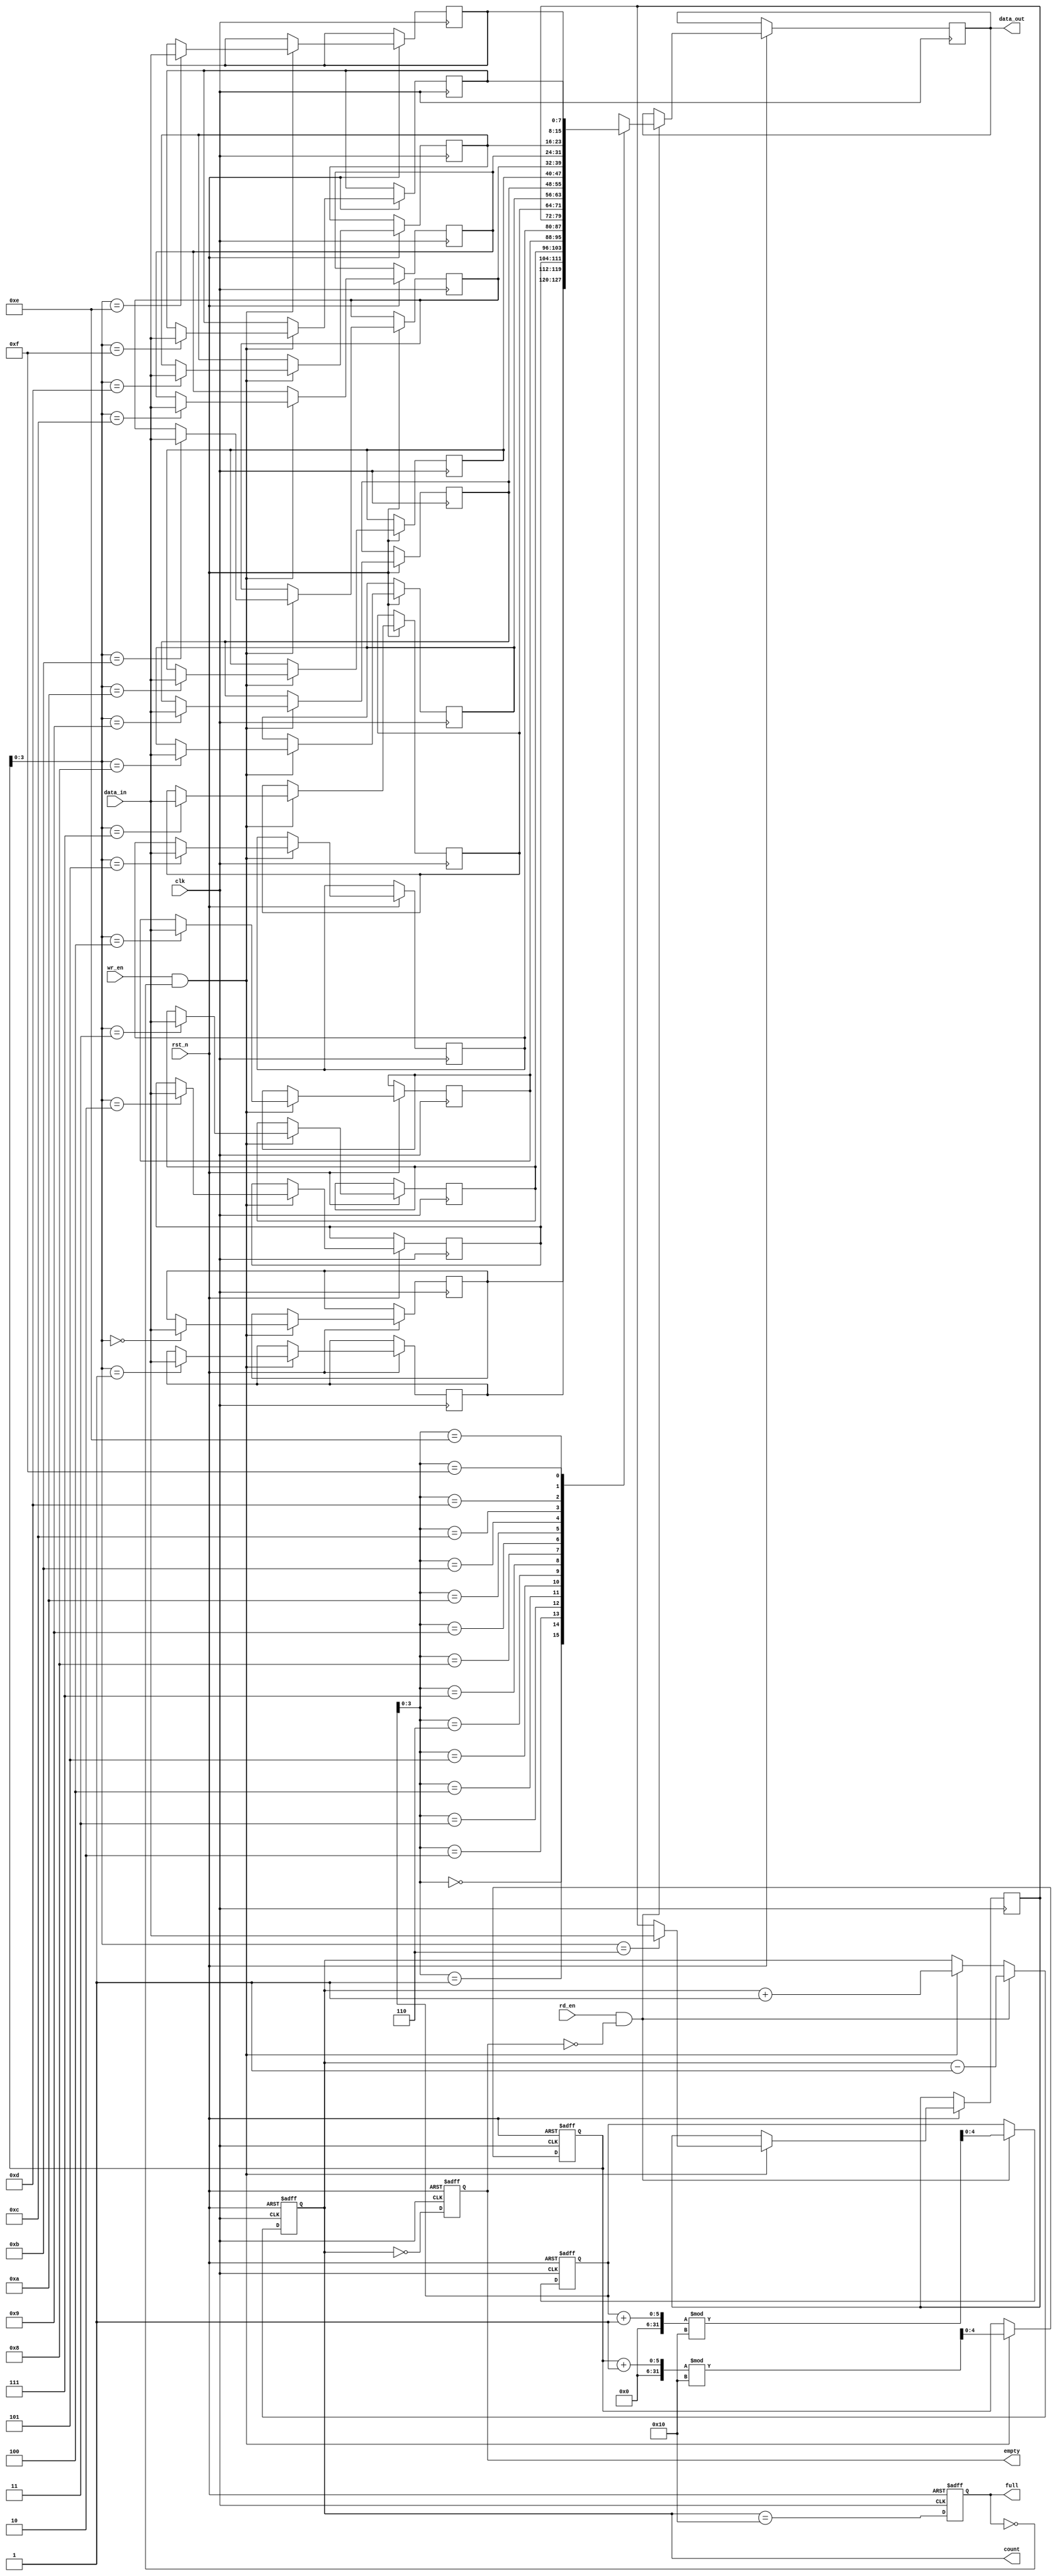
module parameterized_fifo #(
    parameter DATA_WIDTH = 8,   // Width of each data entry
    parameter FIFO_DEPTH = 16    // Depth of the FIFO
)(
    input wire clk,              // Clock signal
    input wire rst_n,            // Asynchronous reset (active low)
    input wire wr_en,            // Write enable
    input wire rd_en,            // Read enable
    input wire [DATA_WIDTH-1:0] data_in, // Data input
    output reg [DATA_WIDTH-1:0] data_out, // Data output
    output reg full,             // Full flag
    output reg empty,            // Empty flag
    output reg [4:0] count       // Current count of entries
);

    // Memory array to hold FIFO data
    reg [DATA_WIDTH-1:0] fifo_mem [0:FIFO_DEPTH-1];
    
    // Write and read pointers
    reg [4:0] wr_ptr;            // Write pointer
    reg [4:0] rd_ptr;            // Read pointer

    // Initialize the FIFO
    always @(posedge clk or negedge rst_n) begin
        if (!rst_n) begin
            wr_ptr <= 0;
            rd_ptr <= 0;
            count <= 0;
            full <= 0;
            empty <= 1;
        end else begin
            // Write operation
            if (wr_en && !full) begin
                fifo_mem[wr_ptr] <= data_in; // Store data
                wr_ptr <= (wr_ptr + 1) % FIFO_DEPTH; // Increment write pointer
                count <= count + 1; // Increment count
            end
            
            // Read operation
            if (rd_en && !empty) begin
                data_out <= fifo_mem[rd_ptr]; // Retrieve data
                rd_ptr <= (rd_ptr + 1) % FIFO_DEPTH; // Increment read pointer
                count <= count - 1; // Decrement count
            end
            
            // Update full and empty flags
            full <= (count == FIFO_DEPTH);
            empty <= (count == 0);
        end
    end

endmodule